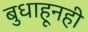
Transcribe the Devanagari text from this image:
बुधाहूनही